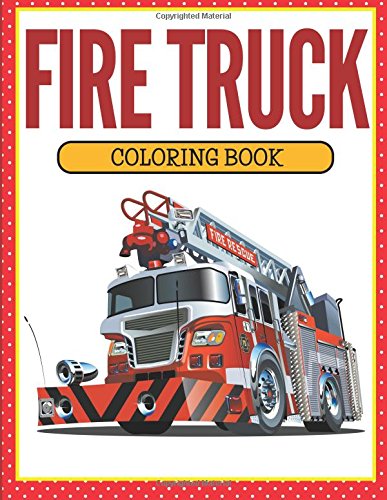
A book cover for Fire Truck Coloring Book; Speedy Publishing LLC; Children's Books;